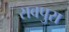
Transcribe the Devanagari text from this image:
रावपुरा